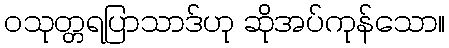
ဝသုတ္တရပြာသာဒ်ဟု ဆိုအပ်ကုန်သော။